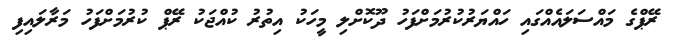
ރޭޕްގެ މައްސަލައެއްގައި ހައްޔަރުކުރުމަށްފަހު ދޫކޮށްލި މީހަކު އިތުރު ކުއްޖަކު ރޭޕް ކުރުމަށްފަހު މަރާލައިފި